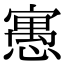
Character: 𡪾